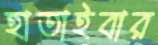
হাতাইবার